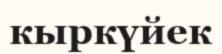
кыркүйек